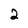
Character: 2